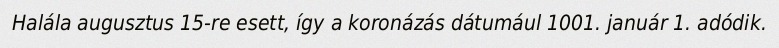
Halála augusztus 15-re esett, így a koronázás dátumául 1001. január 1. adódik.